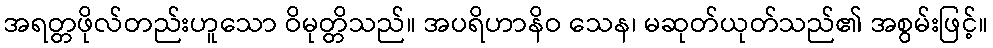
အရတ္တဖိုလ်တည်းဟူသော ဝိမုတ္တိသည်။ အပရိဟာနိဝ သေန၊ မဆုတ်ယုတ်သည်၏ အစွမ်းဖြင့်။